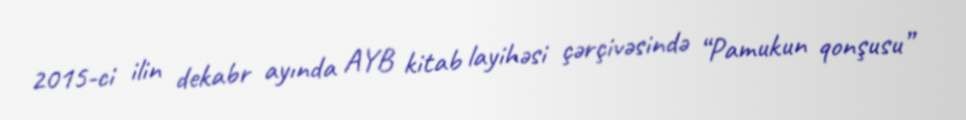
2015-ci ilin dekabr ayında AYB kitab layihəsi çərçivəsində “Pamukun qonşusu”